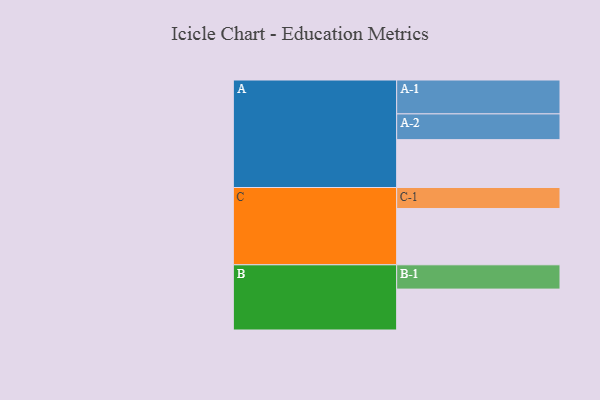
{"axis": {"x": "Segment", "y": "Value"}, "legend": ["", "A", "B", "C"], "data": [{"x": "A", "y": 404, "type": ""}, {"x": "B", "y": 345, "type": ""}, {"x": "C", "y": 475, "type": ""}, {"x": "A-1", "y": 286, "type": "A"}, {"x": "A-2", "y": 217, "type": "A"}, {"x": "B-1", "y": 205, "type": "B"}, {"x": "C-1", "y": 177, "type": "C"}]}